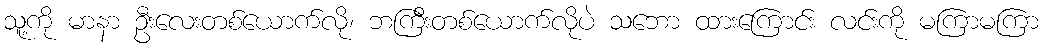
သူ့ကို မာနာ ဦးလေးတစ်ယောက်လို၊ ဘကြီးတစ်ယောက်လိုပဲ သဘော ထားကြောင်း လင်းကို မကြာမကြာ